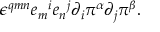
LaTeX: \epsilon ^ { q m n } { e _ { m } } ^ { i } { e _ { n } } ^ { j } \partial _ { i } \pi ^ { \alpha } \partial _ { j } \pi ^ { \beta } .